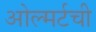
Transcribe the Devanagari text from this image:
ओल्मर्टची